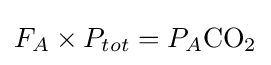
F_{A}\times P_{tot}=P_{A}{\ce {CO2}}